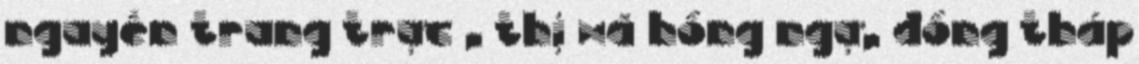
nguyễn trung trực , thị xã hồng ngự, đồng tháp